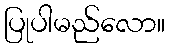
ပြုပါမည်လော။